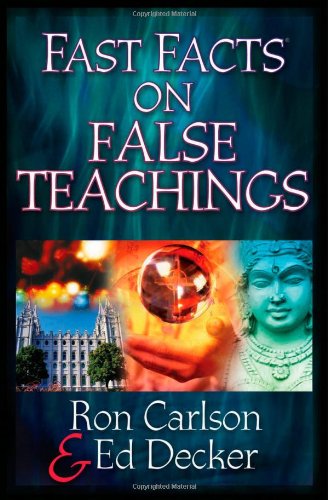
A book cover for Fast Facts on False Teachings; Ron Carlson; Religion & Spirituality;